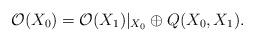
LaTeX: \begin{align*} \mathcal{O}(X_0)=\mathcal{O}(X_1)|_{X_0} \oplus Q(X_0,X_1).\end{align*}